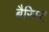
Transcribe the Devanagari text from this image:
बैरिस्ट